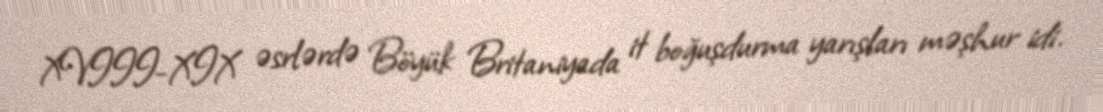
XVIII-XIX əsrlərdə Böyük Britaniyada it boğuşdurma yarışları məşhur idi.